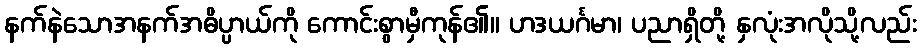
နက်နဲသောအနက်အဓိပ္ပာယ်ကို ကောင်းစွာမှီကုန်၏။ ဟဒယင်္ဂမာ၊ ပညာရှိတို့ နှလုံးအလိုသို့လည်း